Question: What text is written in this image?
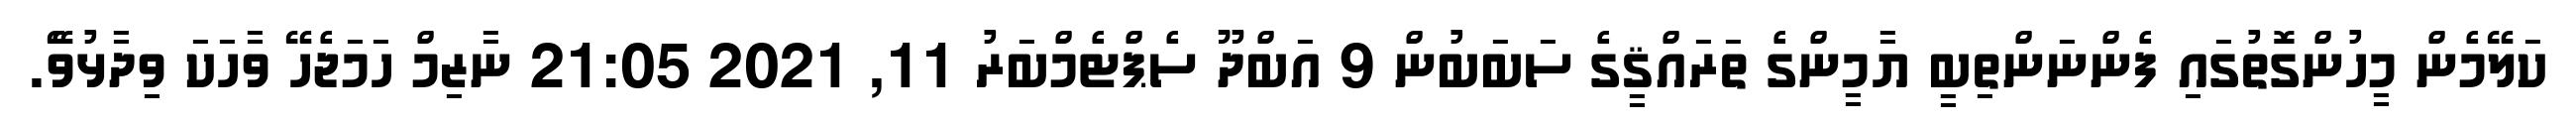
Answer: ކަލޭމެން މީހުންގޮތުގައި ފެންނަންތިބީ ޔާމީންގެ ތަރައްޤީގެ ސަބަބުން 9 އަބްދޫ ސެޕްޓެމްބަރު 11, 2021 21:05 ނާޒިމް ހަމަޖެހޭ ވާހަކަ ވިދާޅުވެޭ.